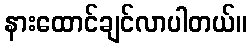
နားထောင်ချင်လာပါတယ်။